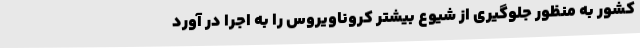
کشور به منظور جلوگیری از شیوع بیشتر کروناویروس را به اجرا در آورد